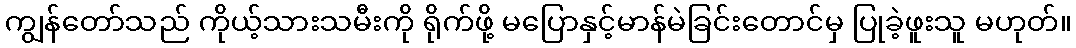
ကျွန်တော်သည် ကိုယ့်သားသမီးကို ရိုက်ဖို့ မပြောနှင့်မာန်မဲခြင်းတောင်မှ ပြုခဲ့ဖူးသူ မဟုတ်။